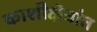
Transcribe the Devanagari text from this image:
काशीक्षेत्रांत